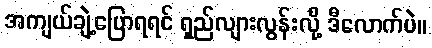
အကျယ်ချဲ့ပြောရရင် ရှည်လျားလွန်းလို့ ဒီလောက်ပဲ။